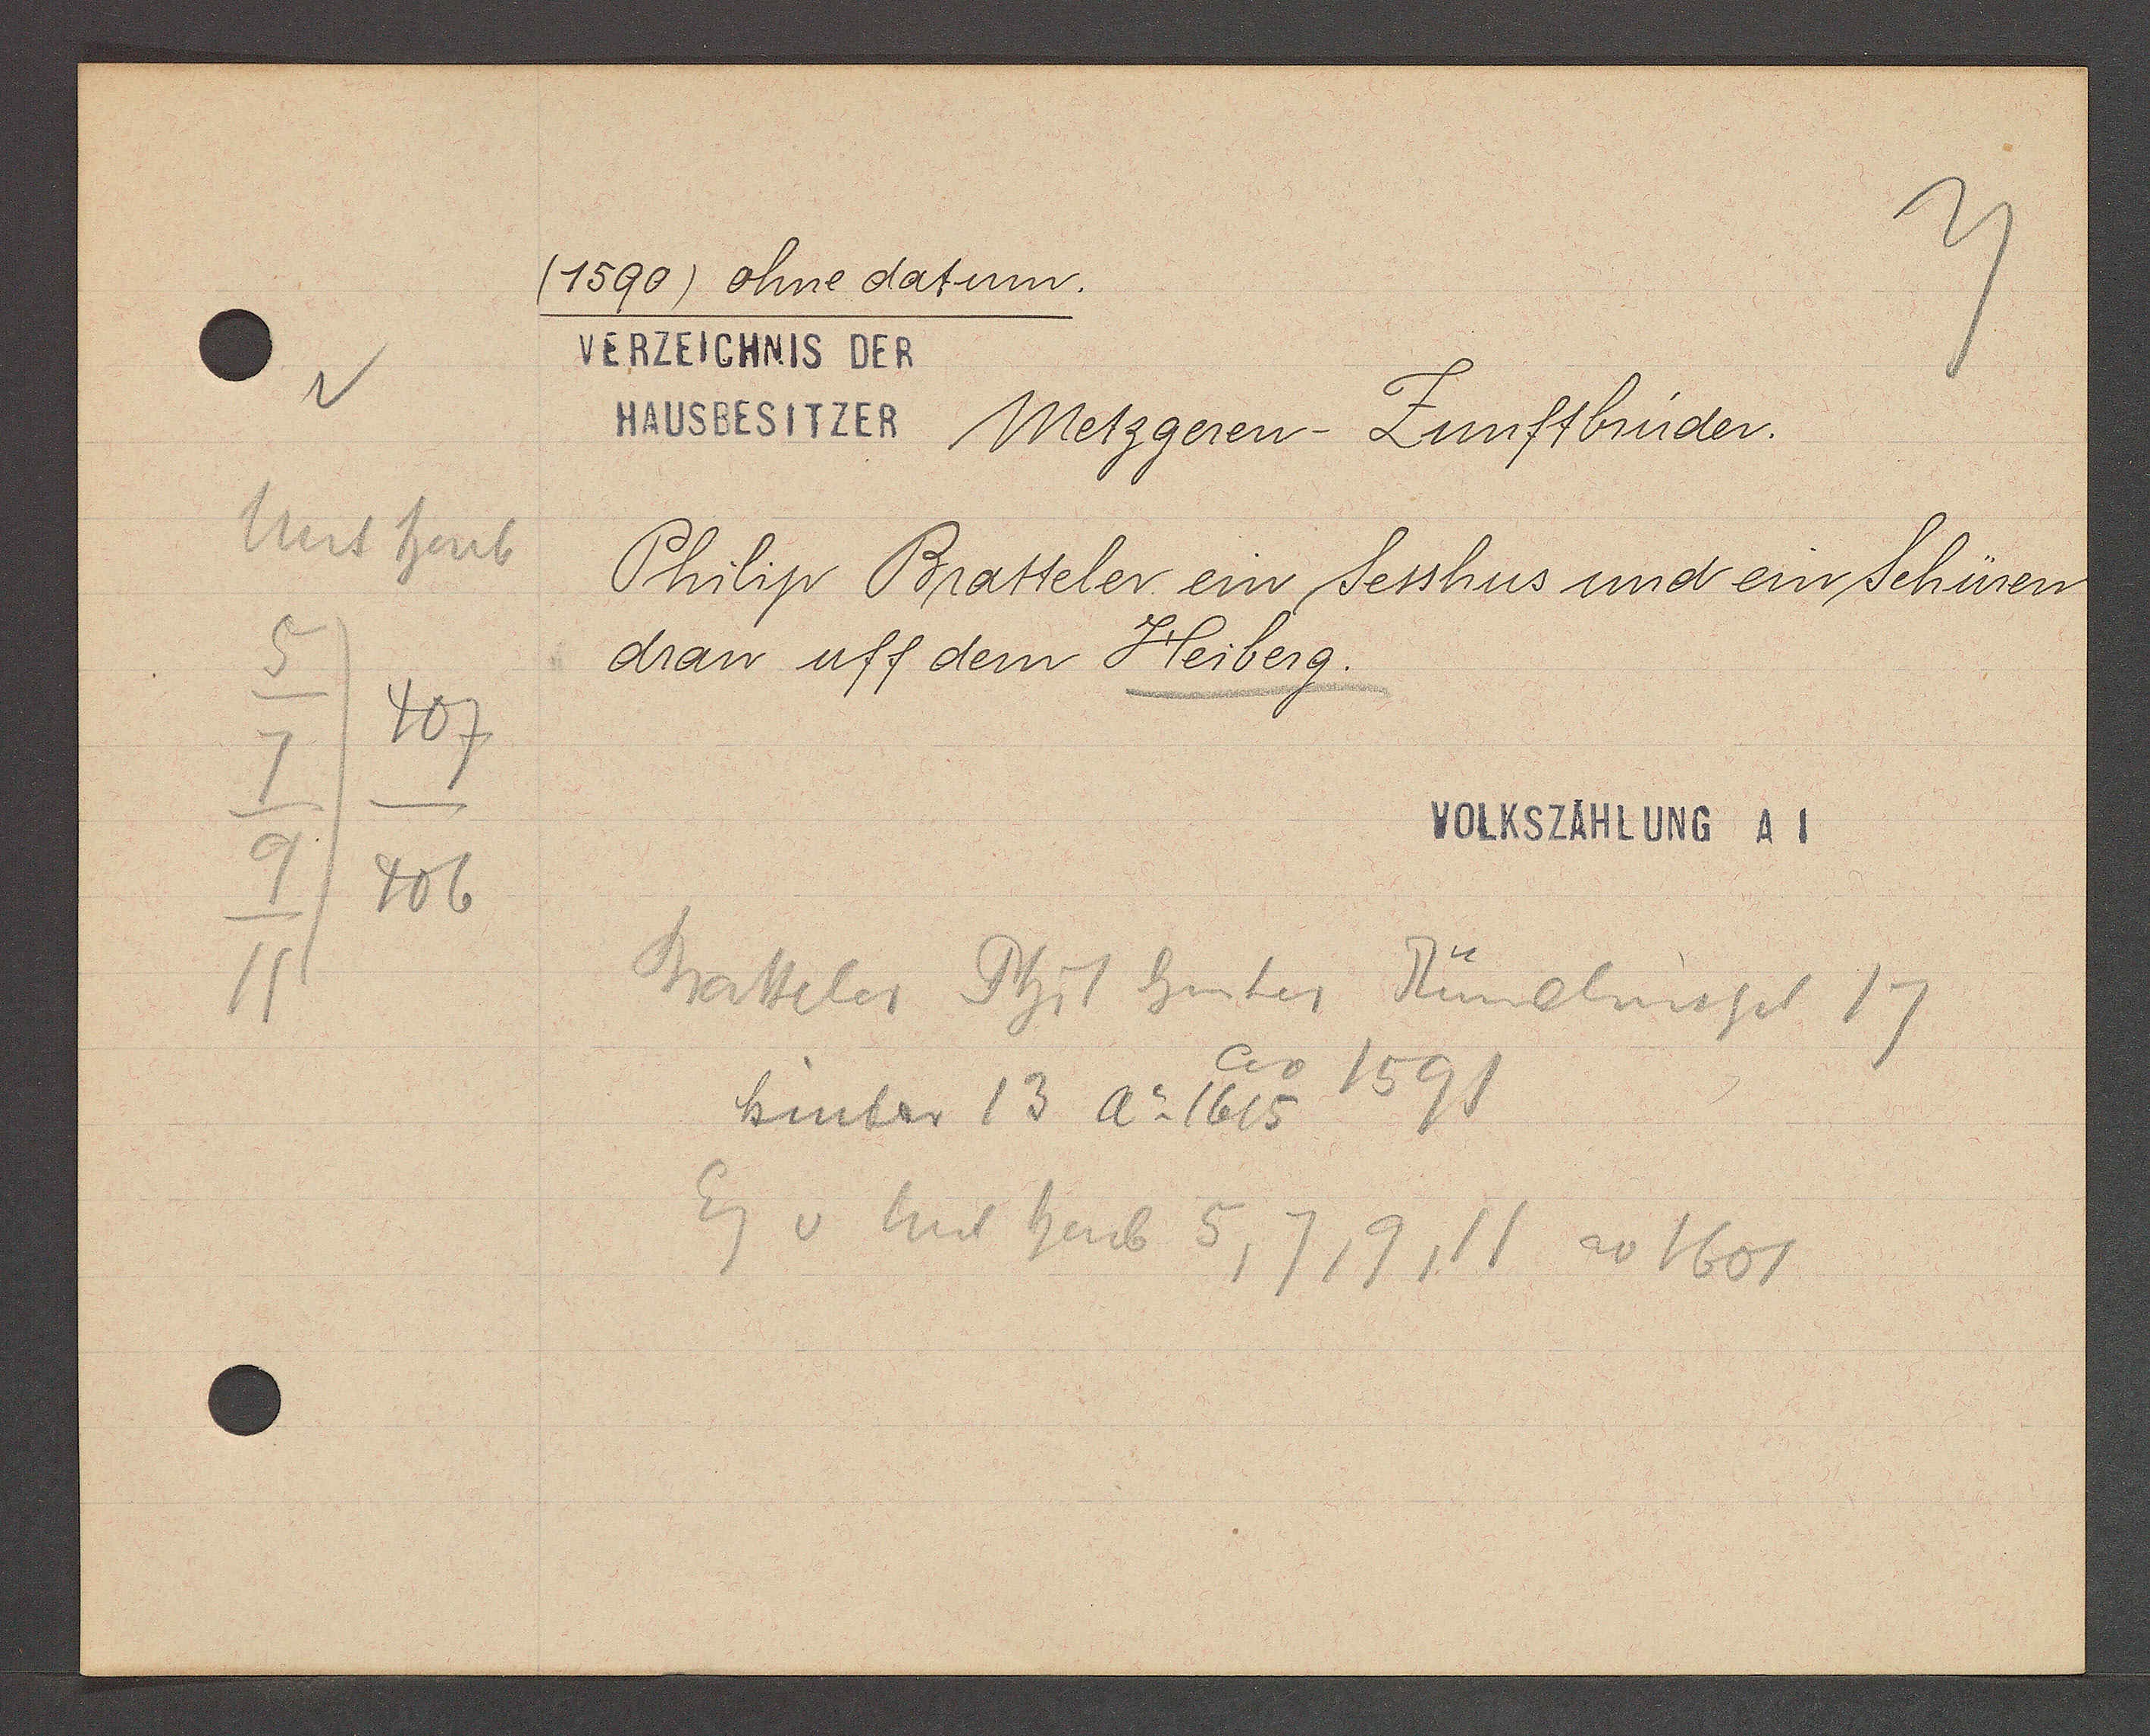
Transcript:
Unt heub
407
406
11

(1590) ohne datum.

VERZEICHNIS DER
HAUSBESITZER Metzgeren- Zunftbrüder.
Philip Bratteler ein Sesshus und ein Schüren
dran uff dem Heiberg.

VOLKSZÄHLUNG A 1

Bratteler Phil hinter Rümelinspl 17
ao 1591
hinter 13 Ao 1615
Eig v Unt heub 5, 7, 9, 11 ao 1601